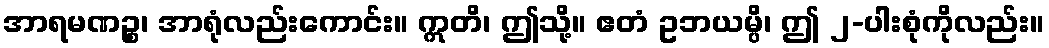
အာရမဏဉ္စ၊ အာရုံလည်းကောင်း။ ဣတိ၊ ဤသို့။ ဧတံ ဥဘယမ္ပိ၊ ဤ ၂-ပါးစုံကိုလည်း။